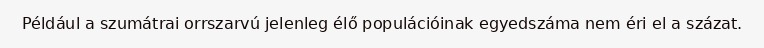
Például a szumátrai orrszarvú jelenleg élő populációinak egyedszáma nem éri el a százat.